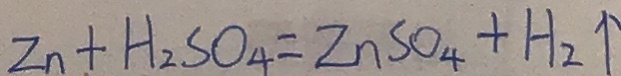
Z n + H _ { 2 } S O _ { 4 } = Z n S O _ { 4 } + H _ { 2 } \uparrow